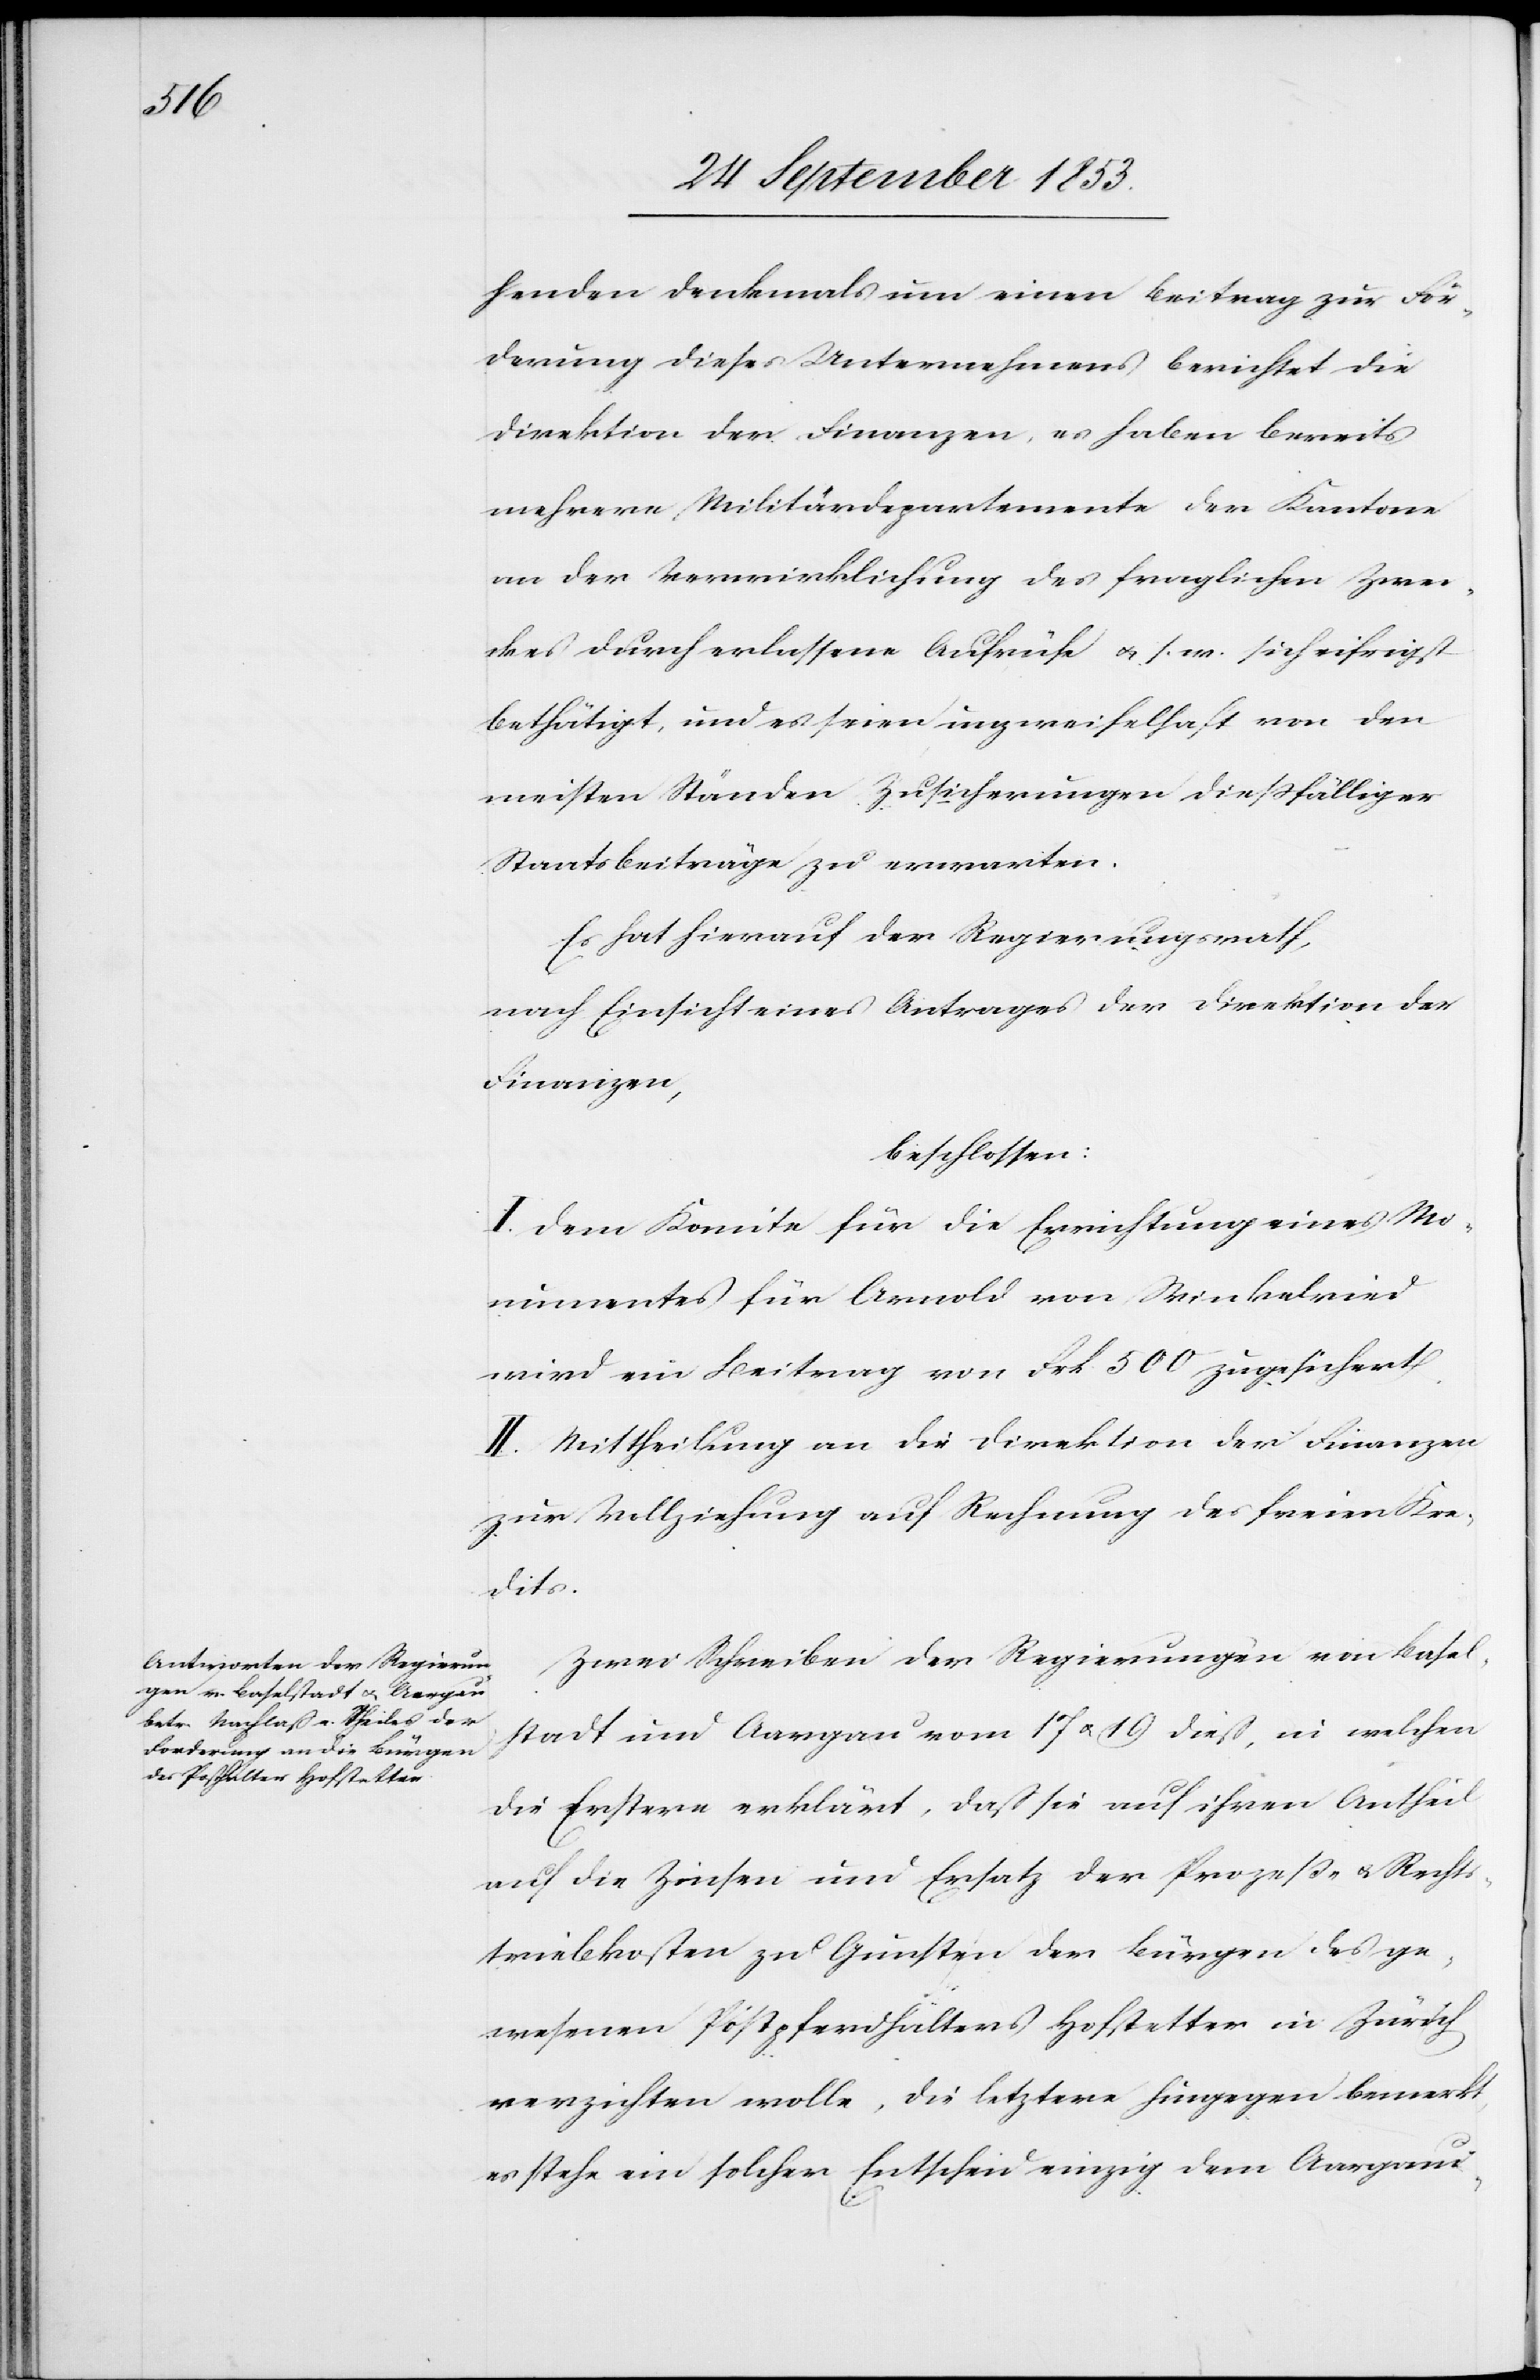
henden Denkmals um einen Beitrag zur För¬
derung dieses Unternehmens berichtet die
Direktion der Finanzen, es haben bereits
mehrere Militärdepartemente der Kantone
an der Verwirklichung des fraglichen Zwe¬
ckes durch erlassene Aufrüfe u. s. w. sich eifrigst
bethätigt, und es seien unzweifelhaft von den
meisten Ständen Zusicherungen dießfälliger
Staatsbeiträge zu erwarten.
nach Einsicht eines Antrages der Direktion der
Finanzen,
beschlossen:
I. Dem Komite für die Errichtung eines Mo¬
numentes für Arnold von Winkelried
wird ein Beitrag von Frk. 500 zugesichert.
II. Mittheilung an die Direktion der Finanzen
zur Vollziehung auf Rechnung des freien Kre¬
dits.
Zwei Schreiben der Regierungen von Basel¬
stadt und Aargau vom 17 u. 19 dieß, in welchen
die Erstere erklärt, daß sie auf ihren Antheil
auf die Zinsen und Ersatz der Prozeß- u. Rechts¬
triebkosten zu Gunsten der Bürger des ge¬
wesenen Postpferdhalters Hofstetter in Zürich
verzichten wolle, die letztere hingegen bemerkt
es stehe ein solcher Entscheid einzig dem Aargaui-